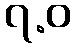
၇.ဝ